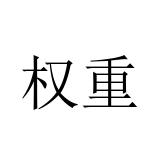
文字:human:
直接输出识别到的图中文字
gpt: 权重